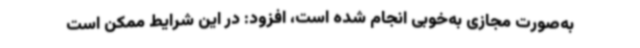
به‌صورت مجازی به‌خوبی انجام شده است، افزود: در این شرایط ممکن است